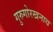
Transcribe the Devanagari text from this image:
गुरुगोरखनाथ